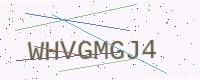
Text: WHVGMGJ4